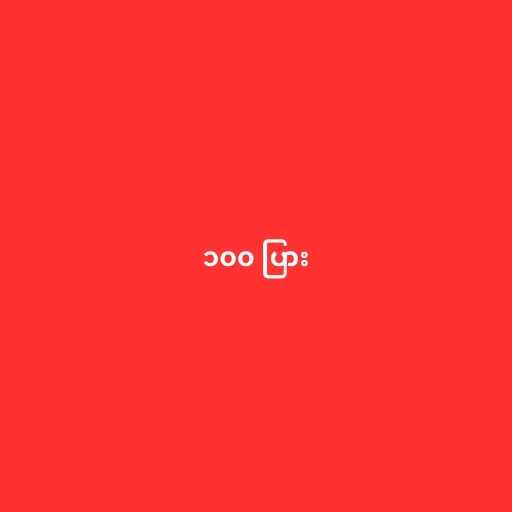
၁၀၀ ပြား